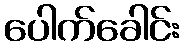
ပေါက်ခေါင်း